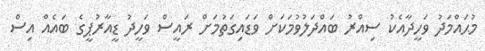
މުޙައްމަދު ވަހީދާއެކު ސިއްރު ބައްދަލުވުމަކަށް ވަޑައިގަތުމަށް ރައީސް ވަހީދު ޑީއާރުޕީގެ ބައެއް އިސް